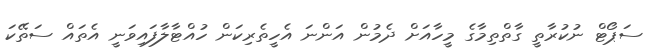
ސަޕޯޓް ނުކުރާތީ ގާތްތިމާގެ މީހާއަށް ދެމުން އަންނަ އެހީތެރިކަން ހުއްޓާލާފައިވަނީ އެތައް ސަތޭކަ